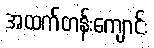
အထက်တန်းကျောင်း